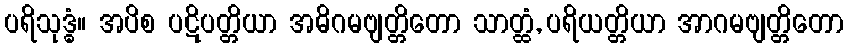
ပရိသုဒ္ဓံ။ အပိစ ပဋိပတ္တိယာ အဓိဂမဗျတ္တိတော သာတ္ထံ, ပရိယတ္တိယာ အာဂမဗျတ္တိတော